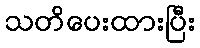
သတိပေးထားပြီး